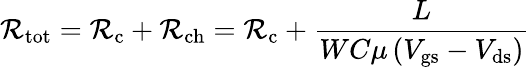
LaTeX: \mathcal{R}_{\mathrm{{tot}}}=\mathcal{R}_{\mathrm{{c}}}+\mathcal{R}_{\mathrm{{ch}}}=\mathcal{R}_{\mathrm{{c}}}+{\frac{{L}}{{WC\mu\left(V_{\mathrm{{gs}}}-V_{\mathrm{{ds}}}\right)}}}